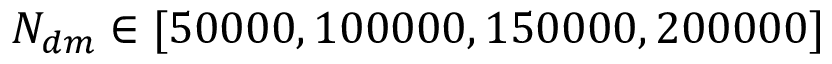
N _ { d m } \in [ 5 0 0 0 0 , 1 0 0 0 0 0 , 1 5 0 0 0 0 , 2 0 0 0 0 0 ]